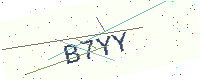
Text: B7YY